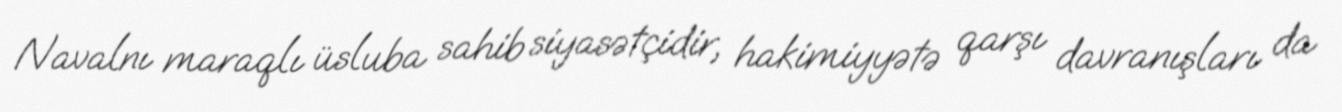
Navalnı maraqlı üsluba sahib siyasətçidir, hakimiyyətə qarşı davranışları da